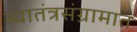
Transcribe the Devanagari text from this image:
स्वातंत्रसंग्रामात